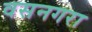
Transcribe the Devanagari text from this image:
वसनगरा